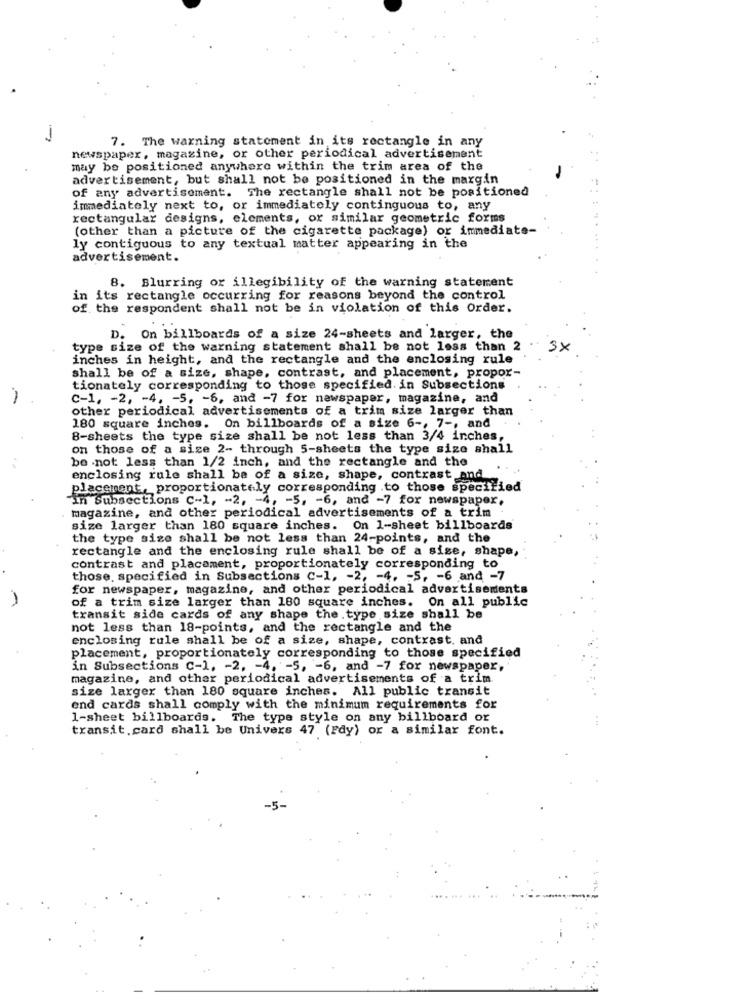
-
7. The warning statement in its rectangle in any
newspaper, magazine, or other periodical advertisement
may be positioned anywhere within the trim area of the
advertisement, but shall not be positioned in the margin
of any advertisement. The rectangle shall not be positioned
immediately next to, or immediately continguous to, any
rectangular designs, elements, or similar geometric forms
(other than a picture of the cigarette package) or immediate-
ly contiguous to any textual matter appearing in the
advertisement.
8. Blurring or illegibility of the warning statement
in its rectangle occurring for reasons beyond the control
of the respondent shall not be in violation of this Order.
D.
On billboards of a size 24-sheets and larger, the
type size of the warning statement shall be not less than 2
3x
inches in height, and the rectangle and the enclosing rule
shall be of a size, shape, contrast, and placement, propor-
tionately corresponding to those specified. in Subsections
-
C-1, - 2, - 4. - 5, - 6, and -7 for newspaper, magazine, and
other periodical advertisements of a trim size larger than
180 square inches. On billboards of a size 6 -, 7 -, and
8-sheets the type size shall be not less than 3/4 inches,
on those of a sige 2- through 5-sheets the type size shall
be .not less than 1/2 inch, and the rectangle and the
enclosing rule shall be of a size, shape, contrast and
placement, proportionately corresponding to those specified
in Subsections C-1, - 2, - 4, - 5, - 6, and -7 for newspaper,
magazine, and other periodical advertisements of a trim
size larger than 180 square inches. On 1-sheet billboards
the type size shall be not less than 24-points, and the
rectangle and the enclosing rule shall be of a sise, shape,
contrast and placament, proportionately corresponding to
those. specified in Subsections C-1, - 2, - 4. - 5, - 6 and -7
for newspaper, magazine, and other periodical advertisements
of a trim size larger than 180 square inches. On all public
transit side cards of any shape the type size shall be
not less than 18-points, and the rectangle and the
enclosing rule shall be of a size, shape, contrast, and
placement, proportionately corresponding to those specified
in Subsections c-1, - 2, - 4. - 5, - 6, and -7 for newspaper,
magazine, and other periodical advertisements of a trim
size larger than 180 square inches. All public transit
end cards shall comply with the minimum requirements for
1-sheet billboards. The type style on any billboard or
transit.card shall be Univers 47 (Fdy) or a similar font.